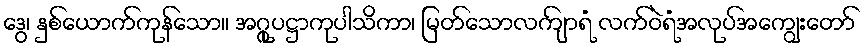
ဒွေ၊ နှစ်ယောက်ကုန်သော။ အဂ္ဂုပဋ္ဌာကုပါသိကာ၊ မြတ်သောလကျ်ာရံ လက်ဝဲရံအလုပ်အကျွေးတော်